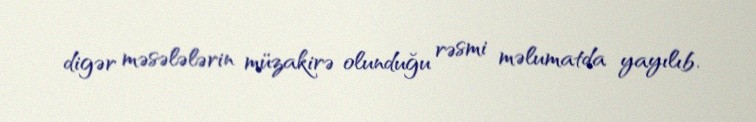
digər məsələlərin müzakirə olunduğu rəsmi məlumatda yayılıb.